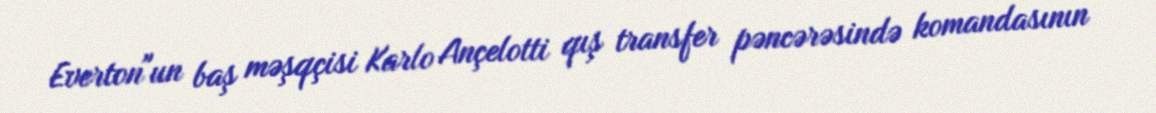
Everton"un baş məşqçisi Karlo Ançelotti qış transfer pəncərəsində komandasının